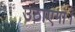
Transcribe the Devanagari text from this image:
उठाएगा।